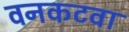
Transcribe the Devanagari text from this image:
वनकटवा